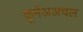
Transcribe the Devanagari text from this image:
कूर्मअअचल